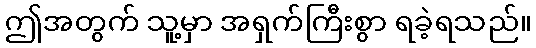
ဤအတွက် သူ့မှာ အရှက်ကြီးစွာ ရခဲ့ရသည်။